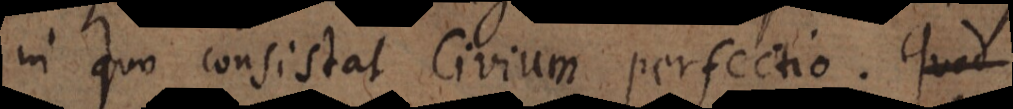
in quo consistat Civium perfectio.